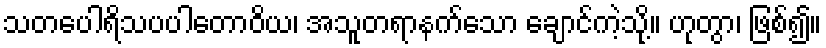
သတပေါရိသပပါတောဝိယ၊ အသူတရာနက်သော ချောင်ကဲ့သို့။ ဟုတွာ၊ ဖြစ်၍။